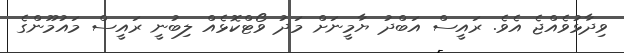
ވިދާޅުވެއްޖެ އެވެ. ރައީސް އަބްދު ޔާމީނަށް މަދު ވޯޓްކޮޅެއް ލިބުނީ ރައީސް މައުމޫންގެ